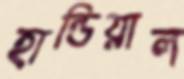
হান্ডিয়াল